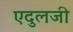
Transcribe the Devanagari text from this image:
एदुलजी